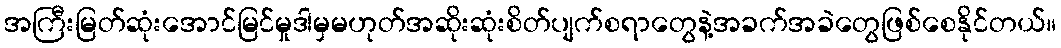
အကြီးမြတ်ဆုံးအောင်မြင်မှုဒါမှမဟုတ်အဆိုးဆုံးစိတ်ပျက်စရာတွေနဲ့အခက်အခဲတွေဖြစ်စေနိုင်တယ်။